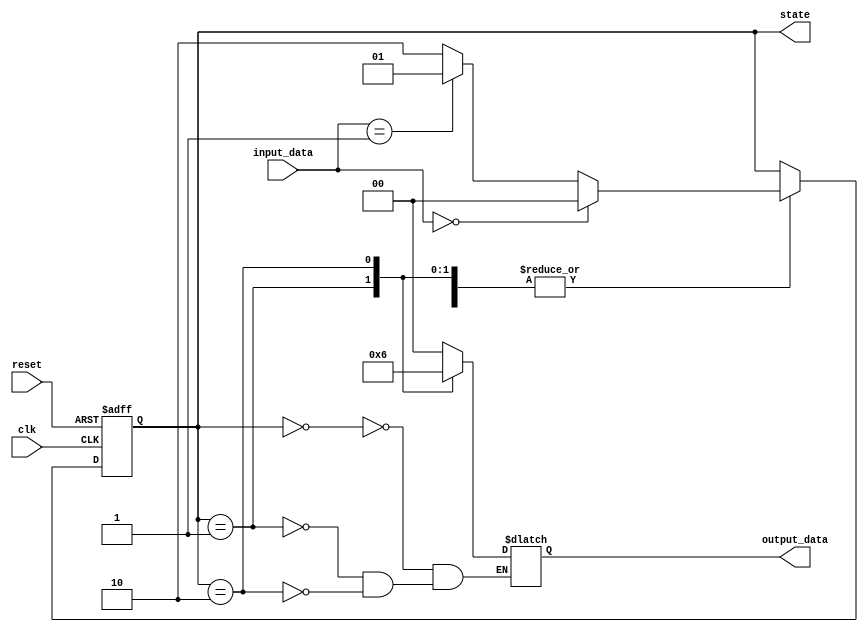
module moore_state_machine (
    input clk,
    input reset,
    input [1:0] input_data,
    output reg [1:0] state,
    output reg [1:0] output_data
);

// State encoding
parameter state1 = 2'b00;
parameter state2 = 2'b01;
parameter state3 = 2'b10;

// State register
always @(posedge clk or posedge reset) begin
    if (reset) begin
        state <= state1;
    end else begin
        case (state)
            state1: begin
                if (input_data == 2'b00) begin
                    state <= state1;
                end else if (input_data == 2'b01) begin
                    state <= state2;
                end else begin
                    state <= state3;
                end
            end
            state2: begin
                if (input_data == 2'b00) begin
                    state <= state1;
                end else if (input_data == 2'b01) begin
                    state <= state2;
                end else begin
                    state <= state3;
                end
            end
            state3: begin
                if (input_data == 2'b00) begin
                    state <= state1;
                end else if (input_data == 2'b01) begin
                    state <= state2;
                end else begin
                    state <= state3;
                end
            end
        endcase
    end
end

// Output logic
always @(state) begin
    case (state)
        state1: output_data = 2'b00;
        state2: output_data = 2'b01;
        state3: output_data = 2'b10;
    endcase
end

endmodule